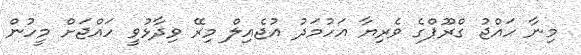
މިނާ ހައްޖު ގްރޫޕްގެ ވެރިޔާ އަހުމަދު އުޖެއިލް މިރޭ ވިދާޅުވީ ހައްޖަށް މީހުން